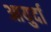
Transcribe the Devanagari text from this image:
आयुर्दा